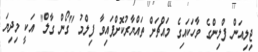
ޖިލިއަން ފްލިންގެ ވާހަކައިގެ މައްޗަށް ތައްޔާރުކޮށްފައިވާ ފިލްމު "ގޯން ގާލް" އަކީ މިދިޔަ